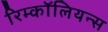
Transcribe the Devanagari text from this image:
रिम्कॉलियन्स